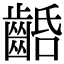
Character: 𪘢